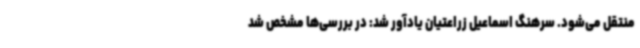
منتقل می‌شود. سرهنگ اسماعیل زراعتیان یادآور شد: در بررسی‌ها مشخص شد